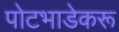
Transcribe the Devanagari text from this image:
पोटभाडेकरू